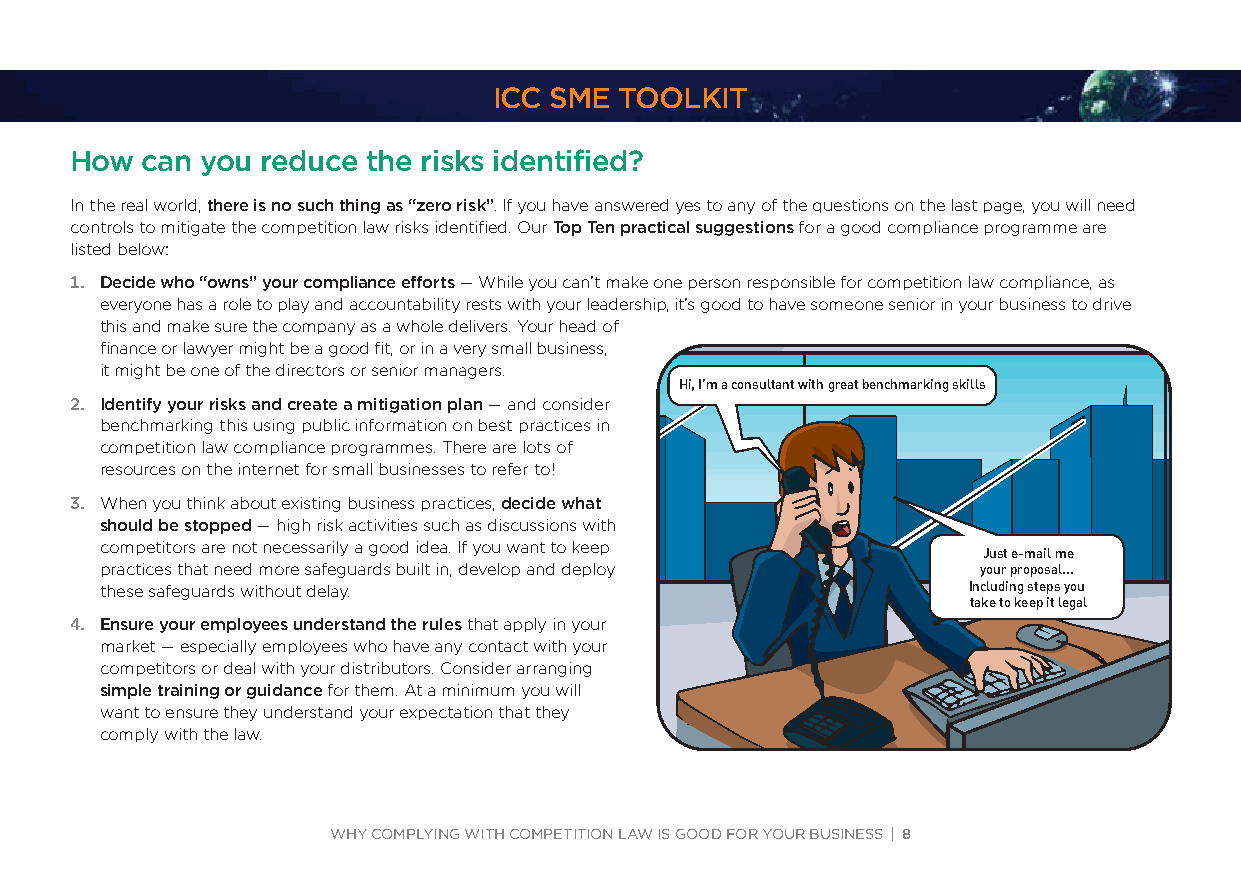
ICC SME TOOLKIT
 How can you reduce the risks identified?
 In the real world, there is no such thing as “zero risk”. If you have answered yes to any of the questions on the last page, you will need
 controls to mitigate the competition law risks identified. Our Top Ten practical suggestions for a good compliance programme are
 listed below:
 1. Decide who “owns” your compliance efforts — While you can’t make one person responsible for competition law compliance, as
 everyone has a role to play and accountability rests with your leadership, it’s good to have someone senior in your business to drive
 this and make sure the company as a whole delivers. Your head of
 finance or lawyer might be a good fit, or in a very small business,
 it might be one of the directors or senior managers.
 Hi, I’m a consultant with great benchmarking skills
 2. Identify your risks and create a mitigation plan — and consider
 benchmarking this using public information on best practices in
 competition law compliance programmes. There are lots of
 resources on the internet for small businesses to refer to!
 3. When you think about existing business practices, decide what
 should be stopped — high risk activities such as discussions with
 competitors are not necessarily a good idea. If you want to keep
 Just e-mail me
 practices that need more safeguards built in, develop and deploy your proposal...
 these safeguards without delay.                          Including steps you
 take to keep it legal
 4. Ensure your employees understand the rules that apply in your
 market — especially employees who have any contact with your
 competitors or deal with your distributors. Consider arranging
 simple training or guidance for them. At a minimum you will
 want to ensure they understand your expectation that they
 comply with the law.
 WHY COMPLYING WITH COMPETITION LAW IS GOOD FOR YOUR BUSINESS | 8